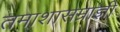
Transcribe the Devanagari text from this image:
तमाशासम्राज्ञी